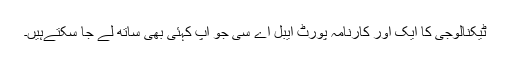
ٹیکنالوجی کا ایک اور کارنامہ پورٹ ایبل اے سی جو اپ کہئی بھی ساتھ لے جا سکتےہیں۔